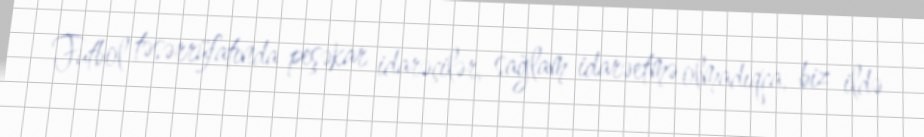
Futbol təsərrüfatında peşəkar idarəçilər, sağlam idarəetmə olmadıqca, biz ildə